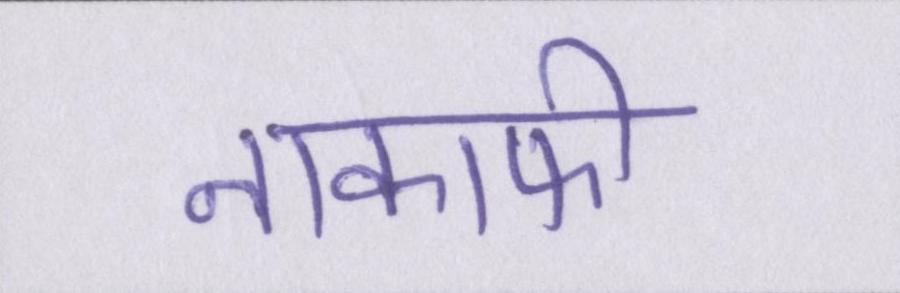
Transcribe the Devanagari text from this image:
नाकाफी